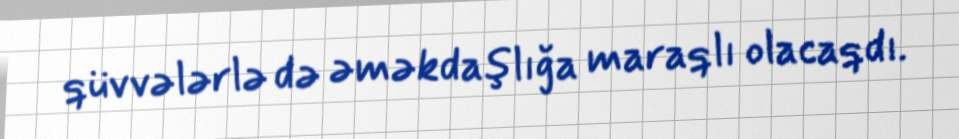
qüvvələrlə də əməkdaşlığa maraqlı olacaqdı.